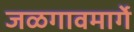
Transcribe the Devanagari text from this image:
जळगावमार्गे